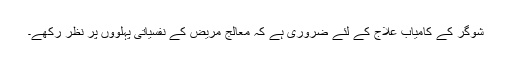
شوگر کے کامیاب علاج کے لئے ضروری ہے کہ معالج مریض کے نفسیاتی پہلوؤں پر نظر رکھے۔